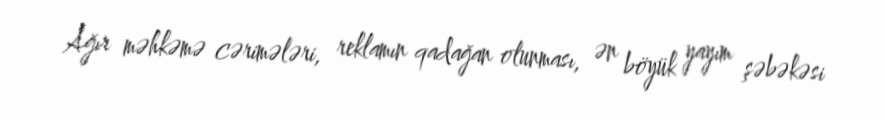
Ağır məhkəmə cərimələri, reklamın qadağan olunması, ən böyük yayım şəbəkəsi